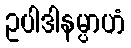
ဥပါဒါနမ္ပာဟံ